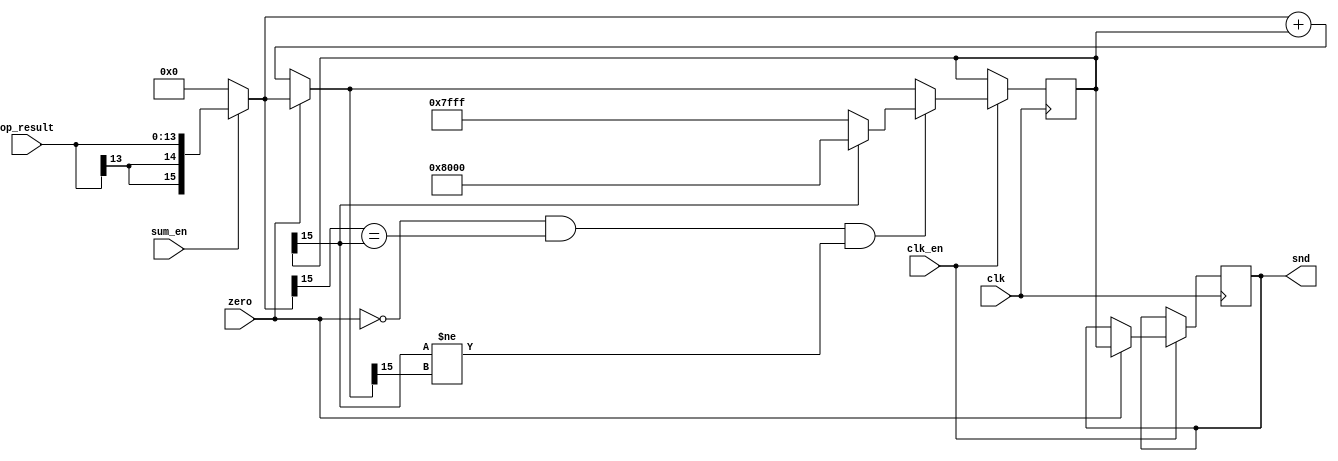
module jt12_single_acc #(parameter 
        win=14, // input data width 
        wout=16 // output data width
)(
    input                 clk,
    input                 clk_en /* synthesis direct_enable */,
    input [win-1:0]       op_result,
    input                 sum_en,
    input                 zero,
    output reg [wout-1:0] snd
);

// for full resolution use win=14, wout=16
// for cut down resolution use win=9, wout=12
// wout-win should be > 0

reg signed [wout-1:0] next, acc, current;
reg overflow;

wire [wout-1:0] plus_inf  = { 1'b0, {(wout-1){1'b1}} }; // maximum positive value
wire [wout-1:0] minus_inf = { 1'b1, {(wout-1){1'b0}} }; // minimum negative value

always @(*) begin
    current = sum_en ? { {(wout-win){op_result[win-1]}}, op_result } : {wout{1'b0}};
    next = zero ? current : current + acc;
    overflow = !zero && 
        (current[wout-1] == acc[wout-1]) && 
        (acc[wout-1]!=next[wout-1]);
end

always @(posedge clk) if( clk_en ) begin
    acc <= overflow ? (acc[wout-1] ? minus_inf : plus_inf) : next;
    if(zero) snd <= acc;
end

endmodule